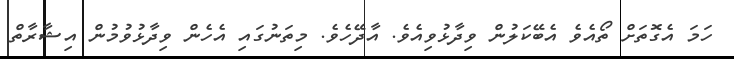
ހަމަ އެގޮތަށް ތޯއެވެ އެބޭކަލުން ވިދާޅުވިއެވެ. އާދޭހެވެ. މިތަނުގައި އެހެން ވިދާޅުވުމުން އިޝާރާތް